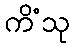
ကိံသု